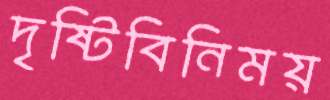
দৃষ্টিবিনিময়